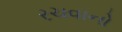
રચવાનો